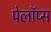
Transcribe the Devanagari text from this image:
पेलॉप्स